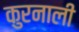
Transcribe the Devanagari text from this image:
कुरनाली